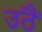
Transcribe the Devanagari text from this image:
उठैं